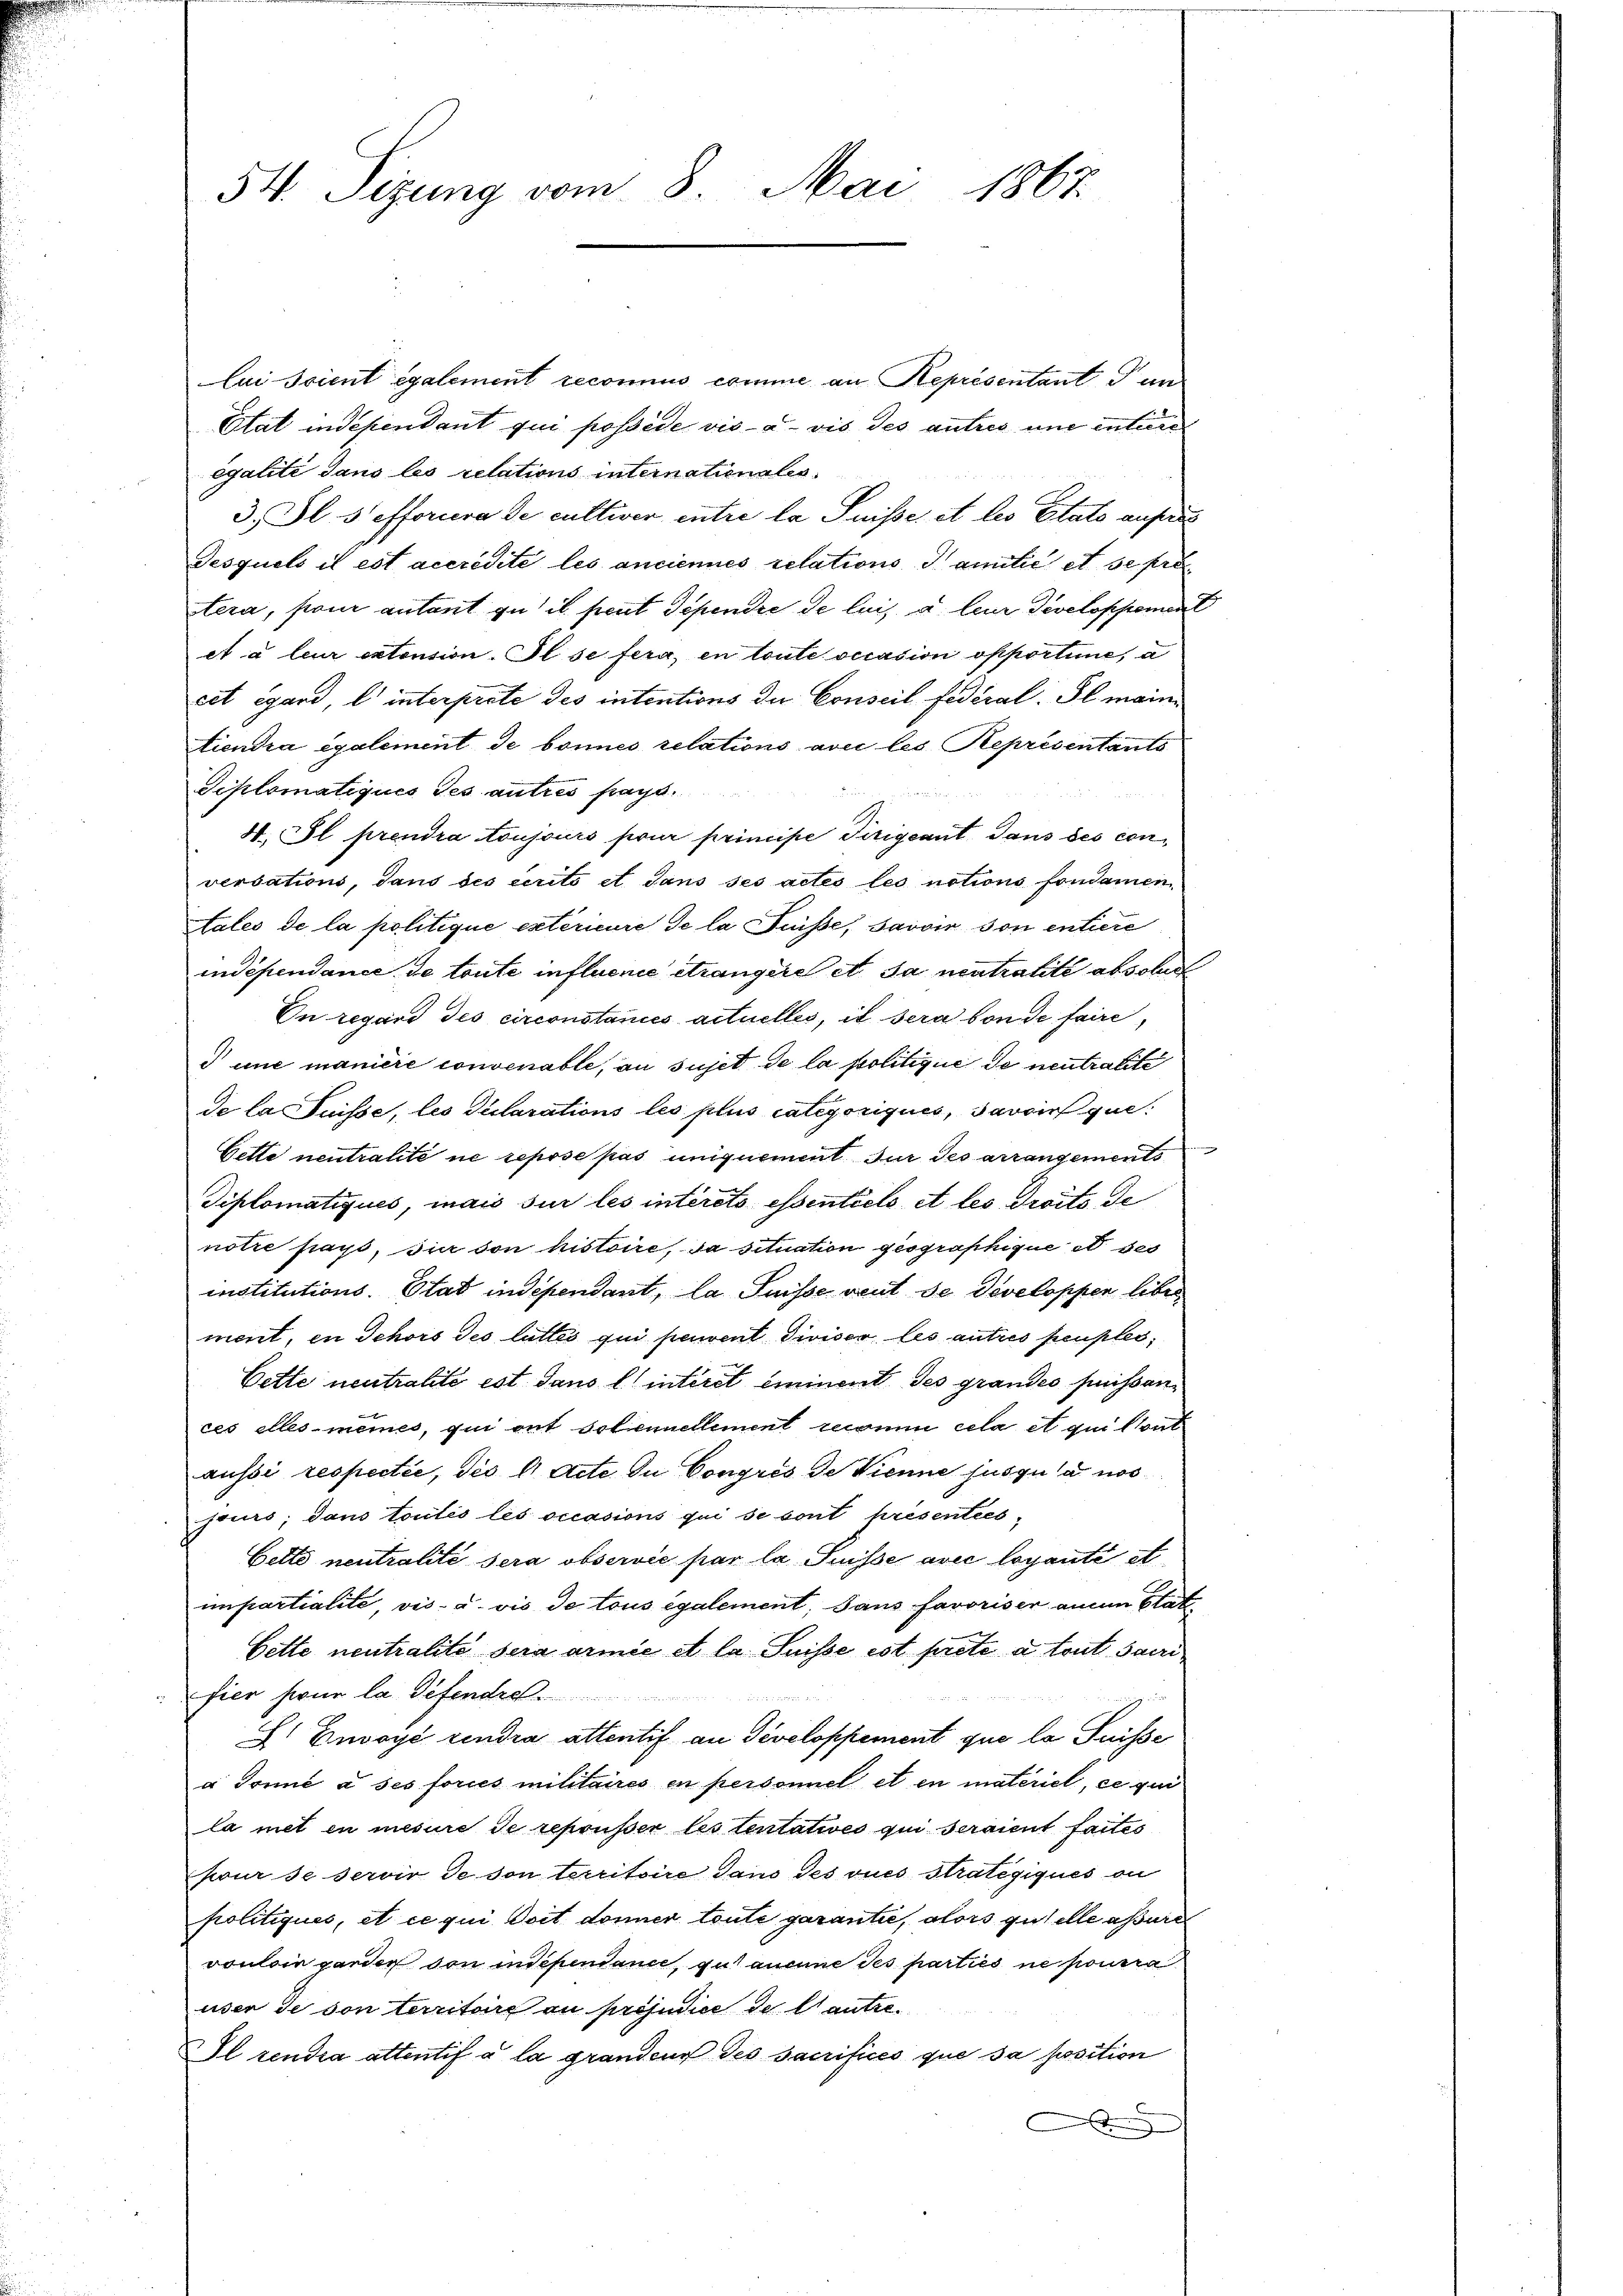
54. Sizung vom 8. Mai 1867

lui soient également reconnus comme an Représentant Tun
Etat independant qui possède vis-à-vis des autres und entire
égalité dans les relations internationales
3. Gl. 5 efferira de cultiver entre la Suisse et les Etats anfan
Tesquels il est accredite les anciennes relations Familie et se pro
tera, son antant zu il peut Dependie de lais à leur Developpement
et à leur extension. Il se fera, en toute occasion opportime, a
cet égard, l. interprote des intentions der Conseil fédéral. Fl. meintiendra également de bonnes relations avec les Représentants
Schlomatiques Jes autres frags.
4. Il prendra toujours seine principe dirigeant dans des conversations, dans des écrito et dans ses actes les notions fondamen.
Aales de la politique extérieure de la Füsse, Savoir von entiere
indépendance de toute influence étrangère et sa neutralité abschut
In regard des circonstanices actuelles, il sera von de faire,
 une manière convenable, an sujet de la politique de neutralite
de la Suisse, les Declarations les plus Categoriques, savoir que
Gette neutralité ne repose pas uniquement für des arrangements
Diplomatiques, mais sur les interets essentielo et les droits de
notie fragt, sie von histoire, da situation geographique es ge
institutions-Etat indépendant, la Suisse veut de Developpen liber
ment, in Schors des littes qui peuvent diviser les autres peuples,
Cette neutralité est dans l. intiret eminent des grandes heissances elles-mêmes, qui ont Solennellement reconnu cela et qui Cont
aussi respectie, des l. Acte du Congrés de Wienne jusqua nos
jours; dans toutes les occasions qui se sont présenties-
Bette neutralité sera observie par la Suisse avec loyanté et
impartialite, vis- u. vis de tous également, sans favoriser annen Stat
Bette neutralité sera armie et la Suisse est prete a tout sacrifier seine la défend

S Envoyé vendra attentif an Developpement que la Suisse
a Tonné à ses forces militaires en personiel et en materiel, ce qui
la mit en mesure de repousser les tentatives qui seraient faites
pour se servir de son territoire dans des vues Stratégiqués on
politiques, et ce qui doit donner toute garantie, alors gutelle assures
vouloir garder von indépendance, gut aucune des parties ne pourra
user de von territoirs au préjudice de Cantze
IIl rendra attentif à la granden des sacrifices que sa position
.